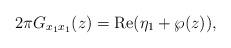
LaTeX: \begin{align*}2\pi G_{x_{1}x_{1}}(z)=\operatorname{Re}(\eta_{1}+\wp(z)), \end{align*}